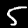
Digit: 5